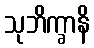
သုဘိက္ခာနိ